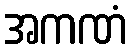
အကဏံ